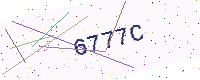
Text: 6777C